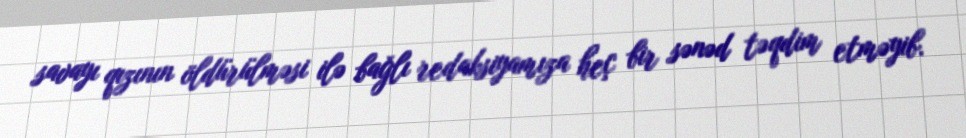
savayı qızının öldürülməsi ilə bağlı redaksiyamıza heç bir sənəd təqdim etməyib.